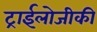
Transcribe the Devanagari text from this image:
ट्राईलोजीकी